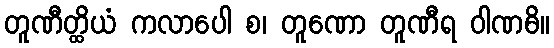
တူဏီတ္ထိယံ ကလာပေါ စ၊ တူဏော တူဏီရ ဝါဏဓိ။